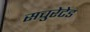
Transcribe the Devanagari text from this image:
सचुरेटेड